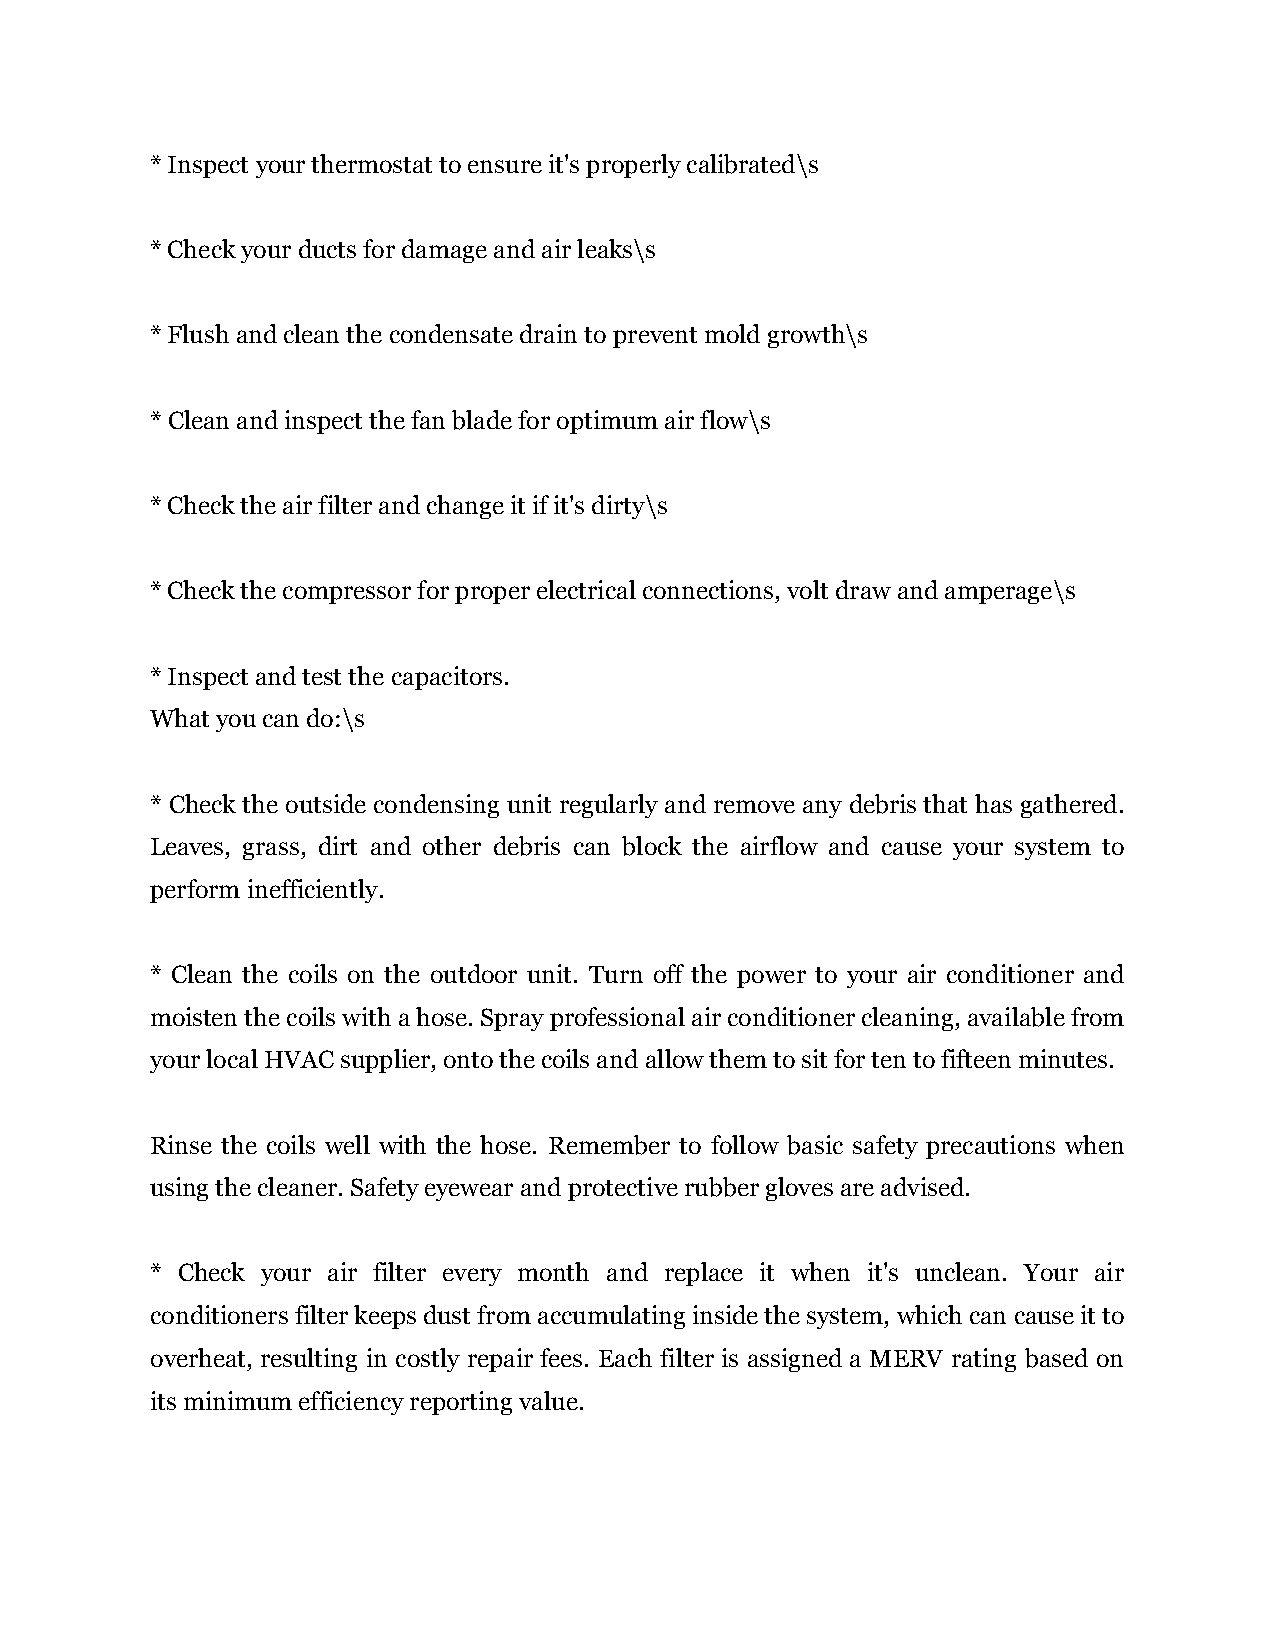
*Inspect your thermostat to ensure it's properly calibrated\s
 *Check your ducts for damage and air leaks\s
 *Flush and clean the condensate drain to prevent mold growth\s
 *Clean and inspect the fan blade for optimum air flow\s
 *Check the air filter and change it if it's dirty\s
 *Check the compressor for proper electrical connections, volt draw and amperage\s
 *Inspect and test the capacitors.
 What you can do:\s
 * Check the outside condensing unit regularly and remove any debris that has gathered.
 Leaves, grass, dirt and other debris can block the airflow and cause your system to
 perform inefficiently.
 * Clean the coils on the outdoor unit. Turn off the power to your air conditioner and
 moisten the coils with a hose. Spray professional air conditioner cleaning, available from
 your local HVAC supplier, onto the coils and allow them to sit for ten to fifteen minutes.
 Rinse the coils well with the hose. Remember to follow basic safety precautions when
 using the cleaner. Safety eyewear and protective rubber gloves are advised.
 * Check your air filter every month and replace it when it's unclean. Your air
 conditioners filter keeps dust from accumulating inside the system, which can cause it to
 overheat, resulting in costly repair fees. Each filter is assigned a MERV rating based on
 its minimum efficiency reporting value.